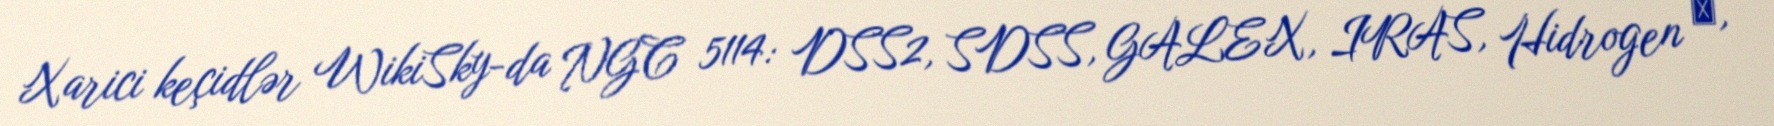
Xarici keçidlər WikiSky-da NGC 5114: DSS2, SDSS, GALEX, IRAS, Hidrogen α,